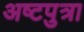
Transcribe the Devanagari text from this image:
अष्टपुत्रा